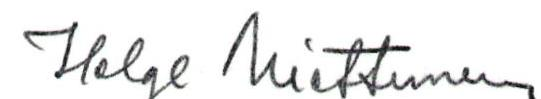
Helge Miettunen